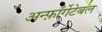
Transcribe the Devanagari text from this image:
अन्फ़ॉर्गेटेबल